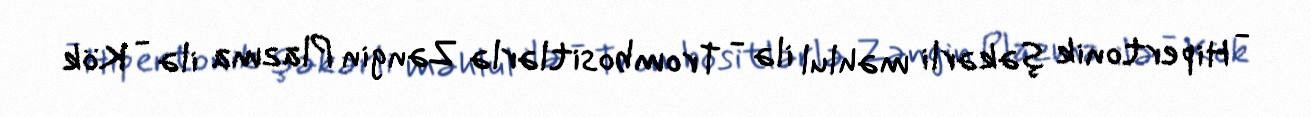
- Hipertonik şəkərli məhlul ilə - Trombositlərlə Zəngin Plazma ilə - Kök